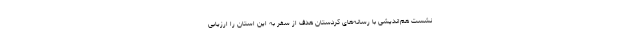
نشست هم‌اندیشی با رسانه‌های کردستان هدف از سفر به این استان را ارزیابی